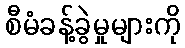
စီမံခန့်ခွဲမှုများကို